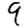
Digit: 9